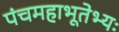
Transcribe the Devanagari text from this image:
पंचमहाभूतेभ्यः